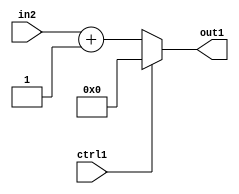
`timescale 1ps / 1ps
/*****************************************************************************
    Verilog RTL Description
    
    
    Created by: CellMath Designer 2019.1.01 
*******************************************************************************/

module avg_pool_Muxi0Add2i1s8u1_4_0 (
	in2,
	ctrl1,
	out1
	); /* architecture "behavioural" */ 
input [7:0] in2;
input  ctrl1;
output [7:0] out1;
wire [7:0] asc001,
	asc003;

assign asc003 = 
	+(in2)
	+(8'B00000001);

reg [7:0] asc001_tmp_0;
assign asc001 = asc001_tmp_0;
always @ (ctrl1 or asc003) begin
	case (ctrl1)
		1'B1 : asc001_tmp_0 = 8'B00000000 ;
		default : asc001_tmp_0 = asc003 ;
	endcase
end

assign out1 = asc001;
endmodule

/* CADENCE  v7H4SAo= : u9/ySgnWtBlWxVPRXgAZ4Og= ** DO NOT EDIT THIS LINE ******/